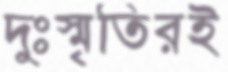
দুঃস্মৃতিরই